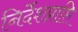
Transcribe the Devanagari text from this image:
निर्देशप्राप्ति